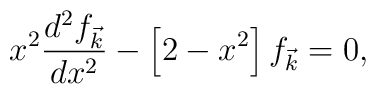
x^2\frac{d^2f_{\vec{k}}}{dx^2}-\left[2-x^2\right]f_{\vec{k}}=0,